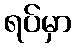
ရပ်မှာ